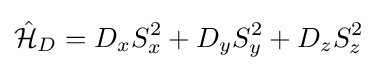
{\hat {\mathcal {H}}}_{D}=D_{x}S_{x}^{2}+D_{y}S_{y}^{2}+D_{z}S_{z}^{2}